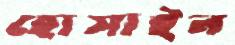
হোসাইন